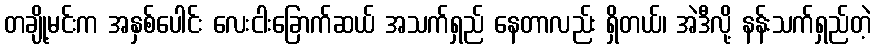
တချို့မင်းက အနှစ်ပေါင်း လေးငါးခြောက်ဆယ် အသက်ရှည် နေတာလည်း ရှိတယ်၊ အဲဒီလို့ နန်းသက်ရှည်တဲ့